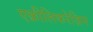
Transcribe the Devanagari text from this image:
एक्रीलिकरेज़िन